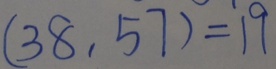
( 3 8 , 5 7 ) = 1 9